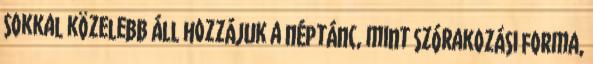
sokkal közelebb áll hozzájuk a néptánc, mint szórakozási forma,